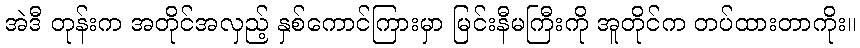
အဲဒီ တုန်းက အတိုင်အလှည့် နှစ်ကောင်ကြားမှာ မြင်းနီမကြီးကို အူတိုင်က တပ်ထားတာကိုး။